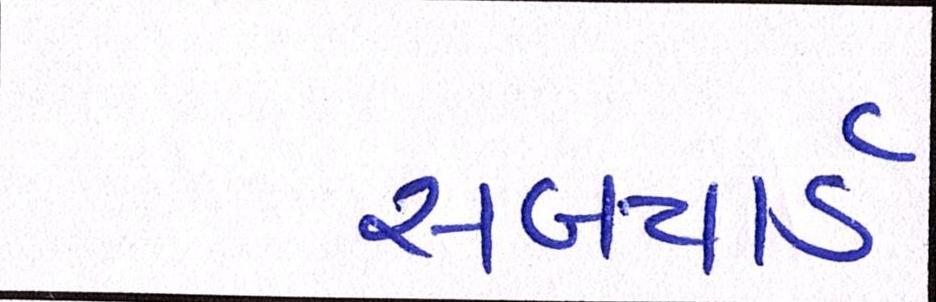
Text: સબયાર્ડ